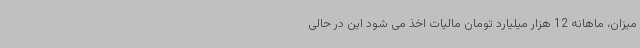
میزان، ماهانه 12 هزار میلیارد تومان مالیات اخذ می شود این در حالی